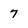
Character: 7